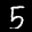
Label: 5